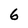
Character: 6